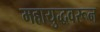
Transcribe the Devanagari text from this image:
महायुद्धवरून